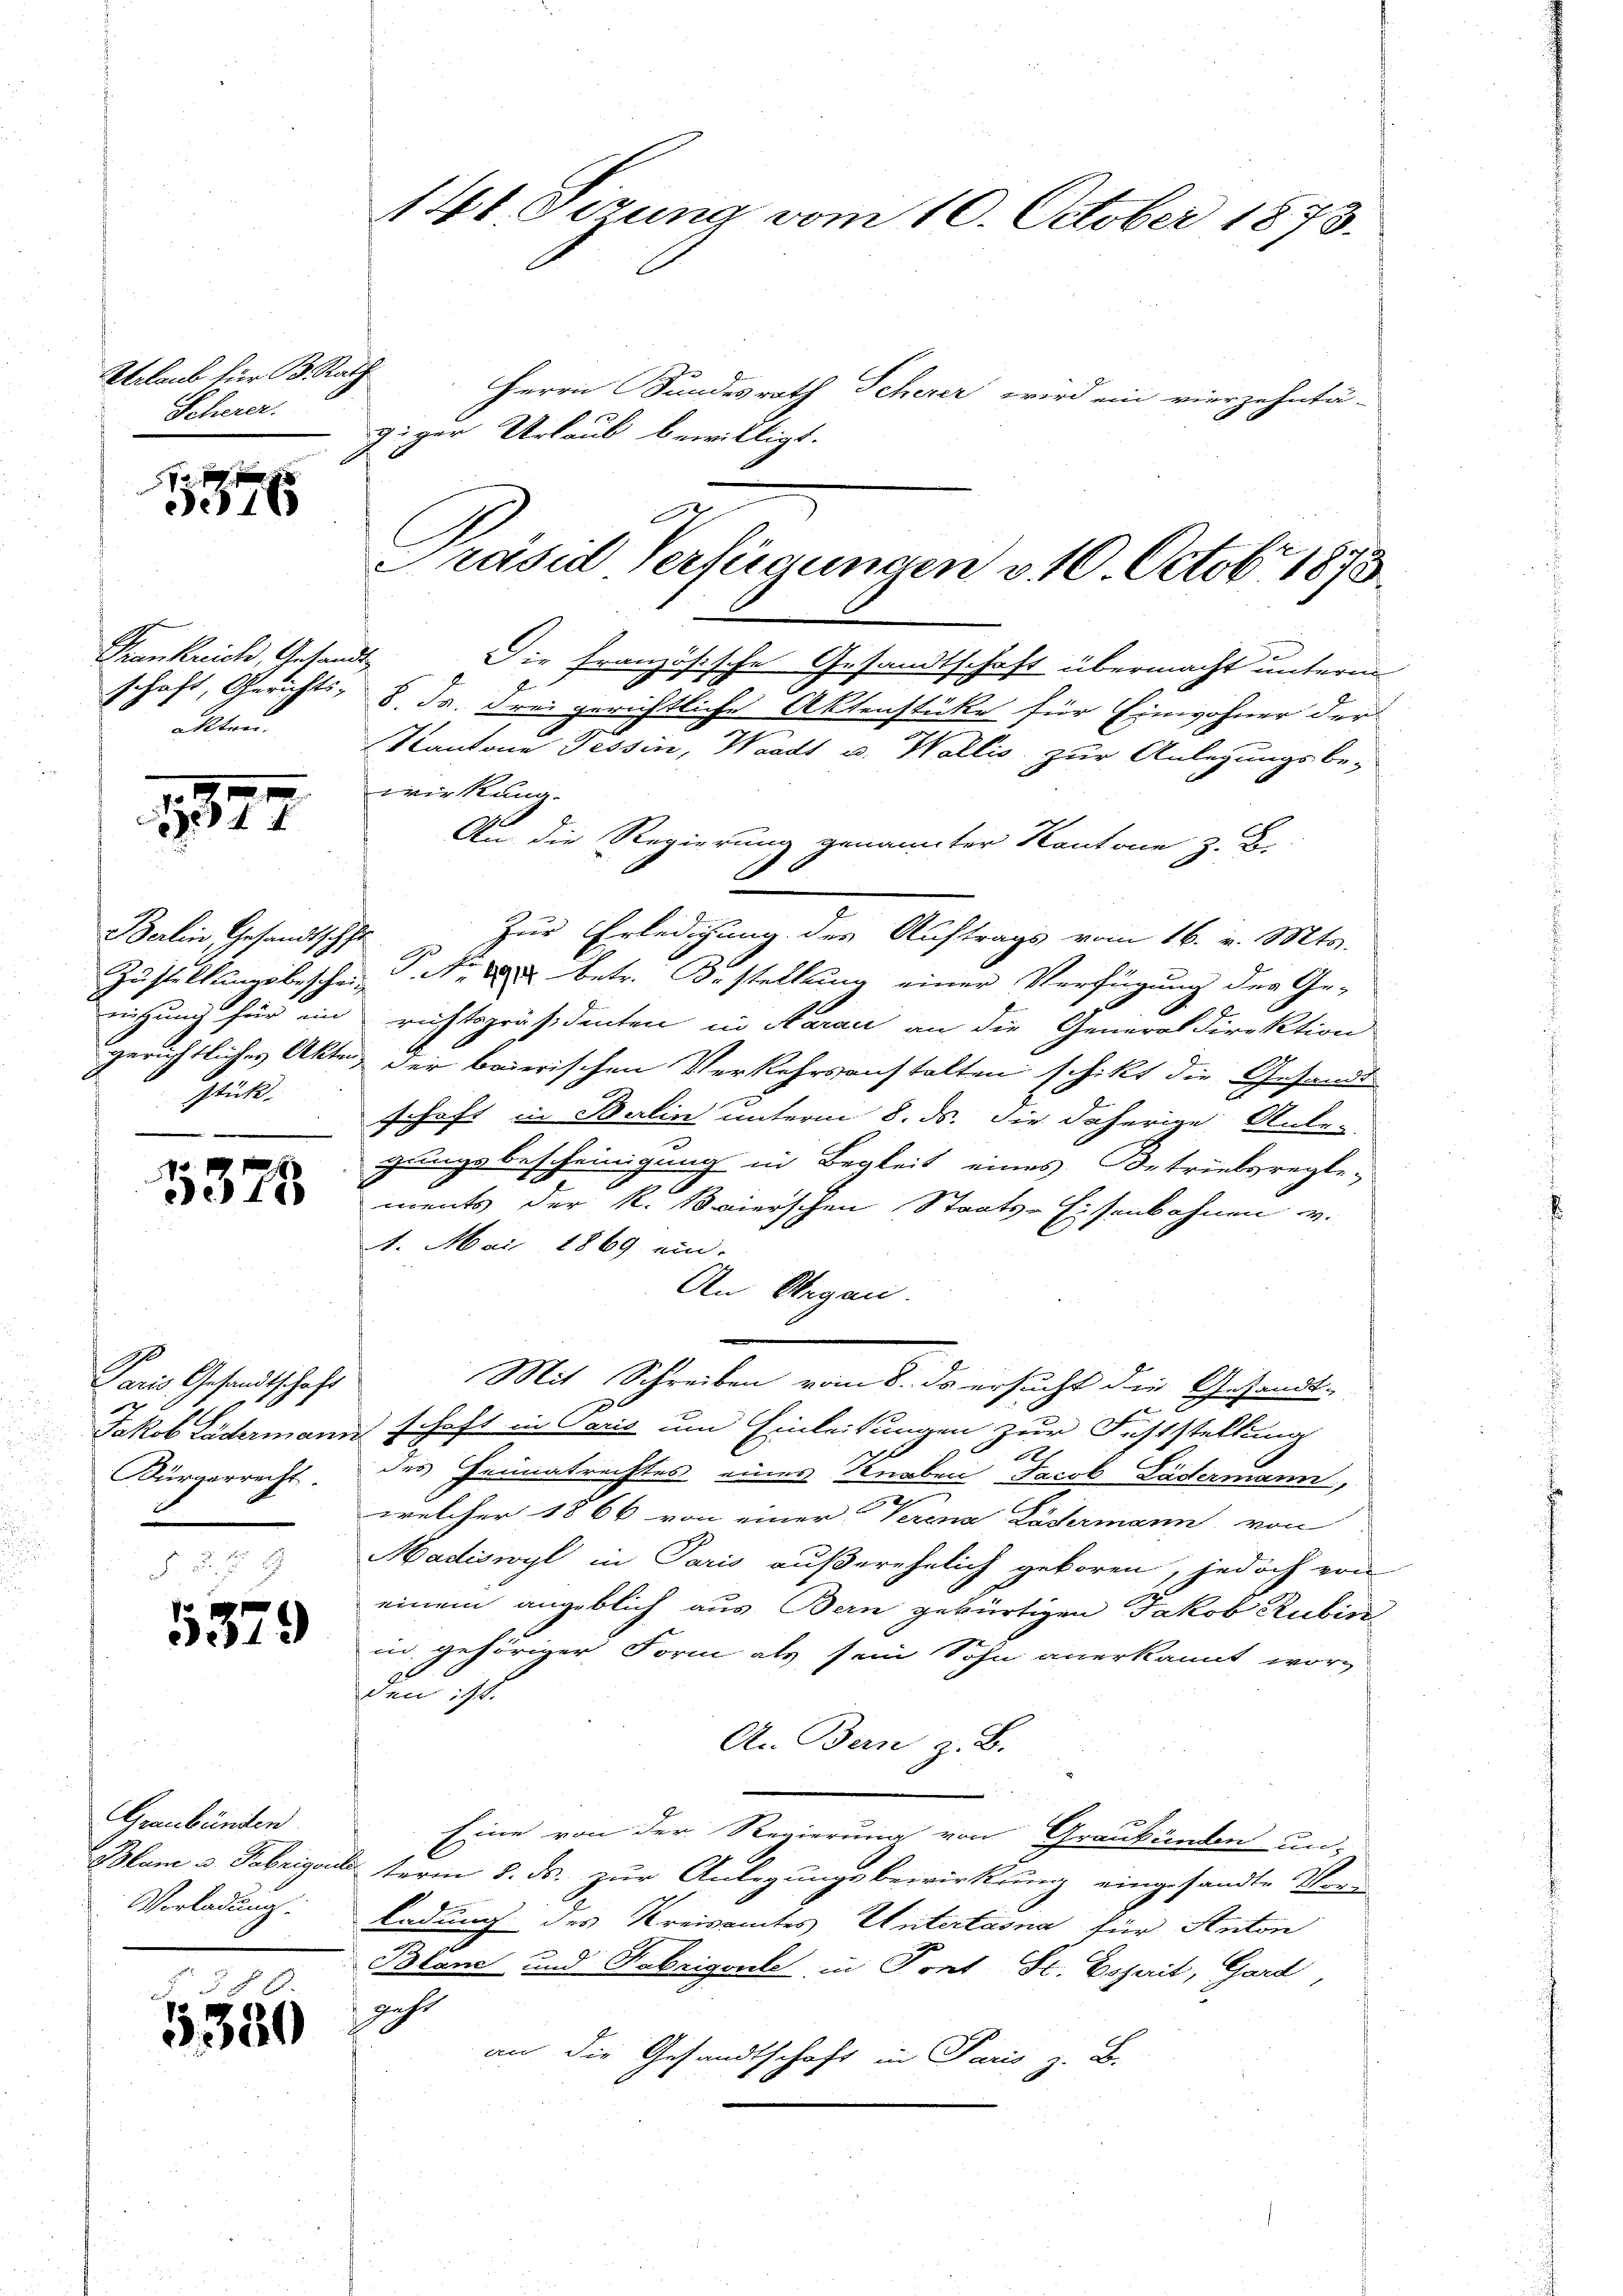
Urlaub für B. Rath
Scherer.

1
316

Frankreich, Gesam
schaft, Gerichts-
akten.

2. 1910.
44

Balin Gesandtschaft
nützung für ein
stück.

5375

Paris Gesandtschaft
Jakob Lädermann
Bürgerrecht
x

5379

Graubünden
Blum u. Fabrigena
Vorladung.

5380

14t Sizung vom 10. October 1873.

Herrn Bundesrath Scherer wird ein vierzehntä-
giger Urlaub bewilligt.
.
Die französische Gesandtschaft übermacht unterm
8. Js. Frei gerichtliche Aktenstüke für Einwohner der
Kantone Tessin, Waadt u. Wallis zur Anlegungsbe-
wirkung.
An die Regierung genannter Kantone z. B.
6
Zur Erledigung des Auftrags vom 16. v. Mts.
Zustellungsbeschein P. Nr. 2 betr. Bestellung einer Verfügung des Ge-
richtspräsidenten in Aarau an die Generaldirektion
gerichtliches Akten der baierischen Verkehrsanstalten schikt die Gesandt-
schaft in Berlin unterm 8. ds. die daherige Anbe-
gungsbescheinigung in Begleit eines Betriebsregte;
ments der K. Baierschen Staats-Eisenbahnen v.
2. Mai 1869 ein.
An Argau.
Mit Schreiben vom 8. ds ersucht die Gesandt-
E
schaft in Paris um Einleitungen zur Feststellung
des Heimatrechtes eines Knaben Jacob Lädermann,
welcher 1866 von einer Verena Lödermann von
Madiswyl in Paris außerehelich geboren, jedoch ern
einem angeblich aus Bern gebürtigen Jakob Rubin
in gehöriger Form als sein Sohn anerkannt wordau ist.
An Bern z. B.
.
Eine von der Regierung von Graubünden un-
term 8. ds. zur Anlegungsbewirkung eingesandte Vor-
ladung des Kreisamtes Untertasna für Anton
Blanc und Fabrigante in Tont St. Gesait, Gard
gehe
an die Gesandtschaft in Paris z. B.

Präsid Verfügungen v. 10. Octobr. 1873.